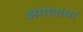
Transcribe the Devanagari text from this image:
अंगोपांचा